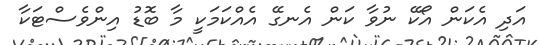
އަދި އެކަން އޯކޭ ނުވާ ކަން އެނގޭ އެއްކަމަކީ މާ ބޮޑު އިންވެސްޓަކާ